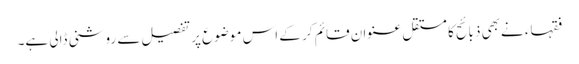
فقہاء نےبھی ذبائح کا مستقل عنوان قائم کر کے اس موضوع پر تفصیل سے روشنی ڈالی ہے۔